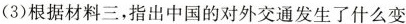
(3)根据材料三，指出中国的对外交通发生了什么变